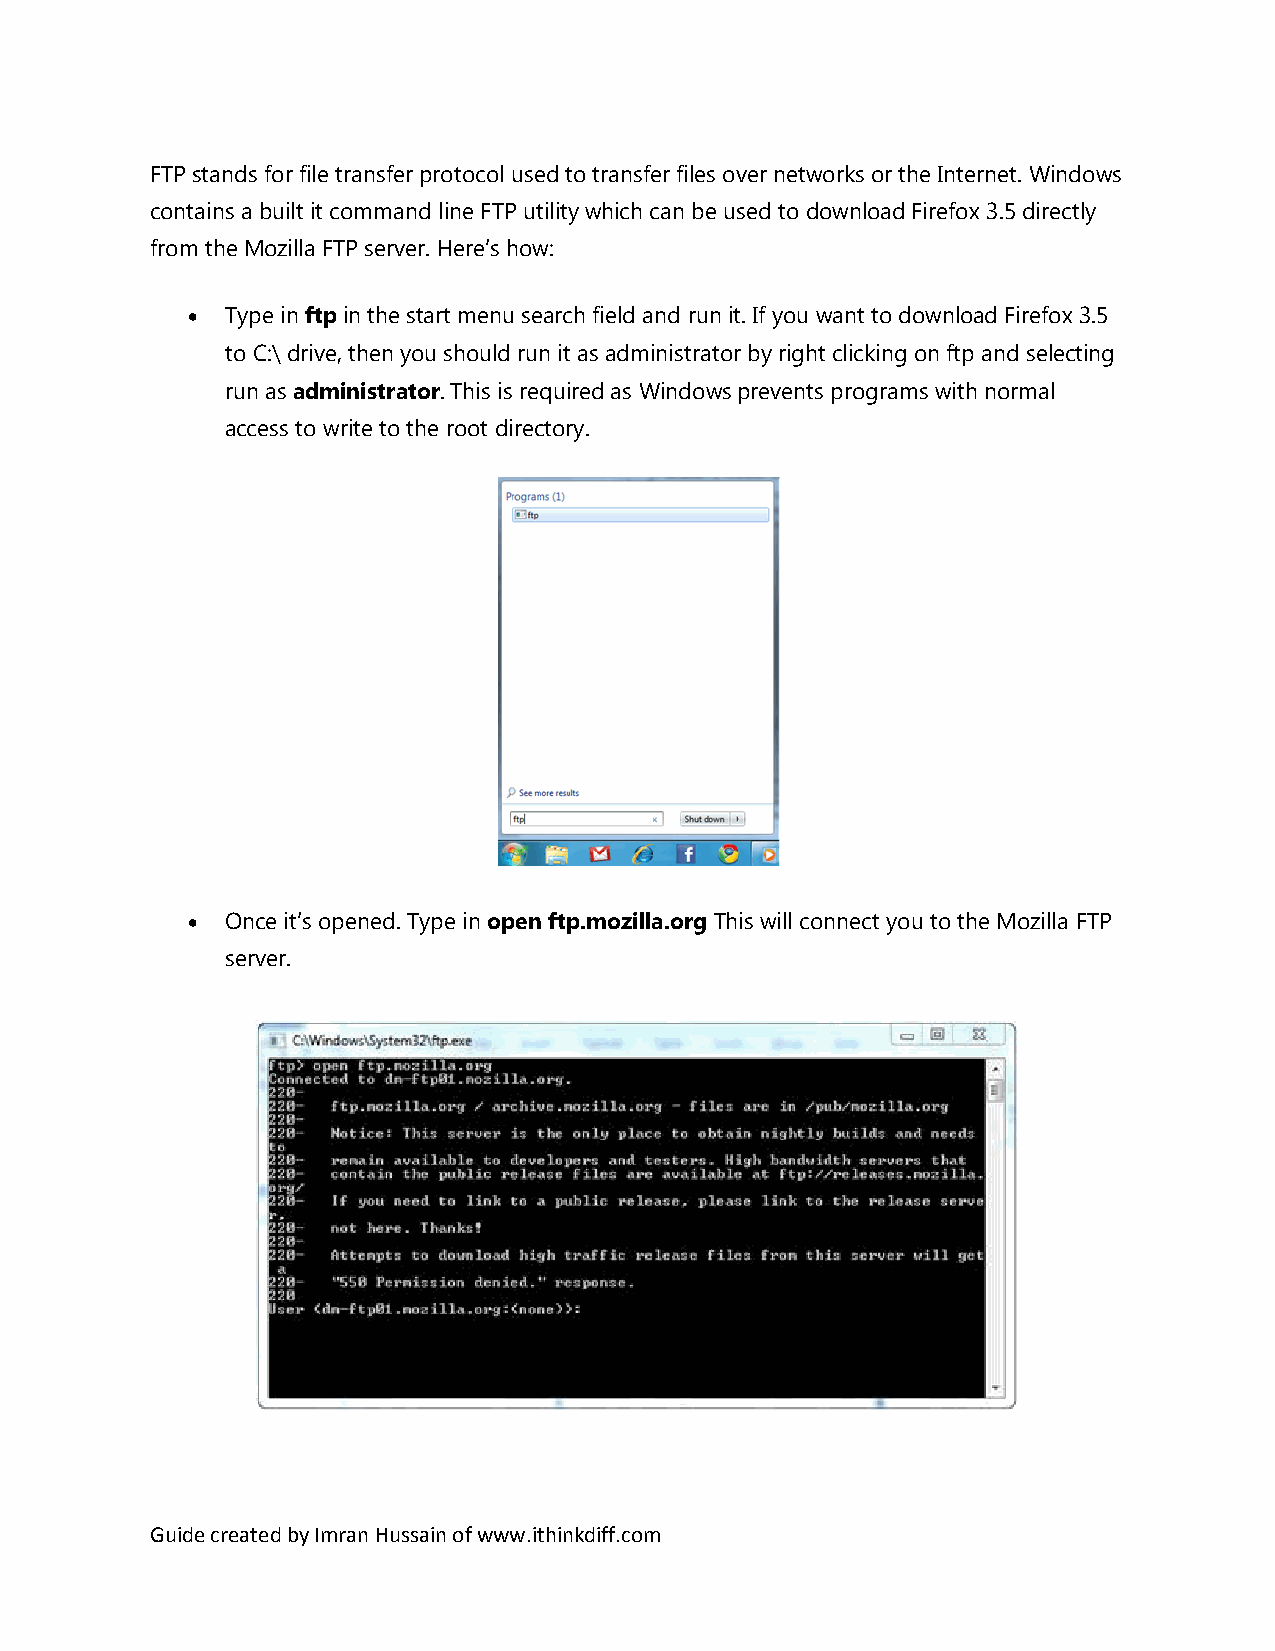
FTP stands for file transfer protocol used to transfer files over networks or the Internet. Windows
 contains a built it command line FTP utility which can be used to download Firefox 3.5 directly
 from the Mozilla FTP server. Here’s how:
   Type in ftp in the start menu search field and run it. If you want to download Firefox 3.5
 to C:\ drive, then you should run it as administrator by right clicking on ftp and selecting
 run as administrator. This is required as Windows prevents programs with normal
 access to write to the root directory.
   Once it’s opened. Type in open ftp.mozilla.org This will connect you to the Mozilla FTP
 server.
 Guide created by Imran Hussain of www.ithinkdiff.com